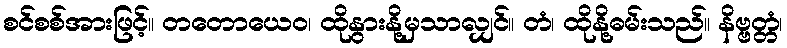
စင်စစ်အားဖြင့်။ တတောယေဝ၊ ထိုနွားနို့မှသာလျှင်။ တံ၊ ထိုနို့ဓမ်းသည်။ နိဗ္ဗတ္တံ၊